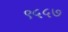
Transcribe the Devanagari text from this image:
९५५७